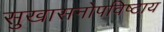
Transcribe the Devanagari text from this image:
सुखासनोपविष्टाय